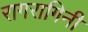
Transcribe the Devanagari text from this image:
रागरागिनी